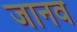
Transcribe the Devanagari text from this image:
जानव